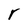
Character: r